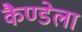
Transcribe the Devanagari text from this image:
कैण्डेला